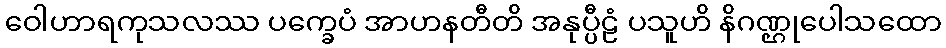
ဝေါဟာရကုသလဿ ပက္ခေပံ အာဟနတီတိ အနုပ္ပီဠံ ပသူဟိ နိဂဏ္ဌုပေါသထော